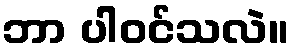
ဘာ ပါဝင်သလဲ။